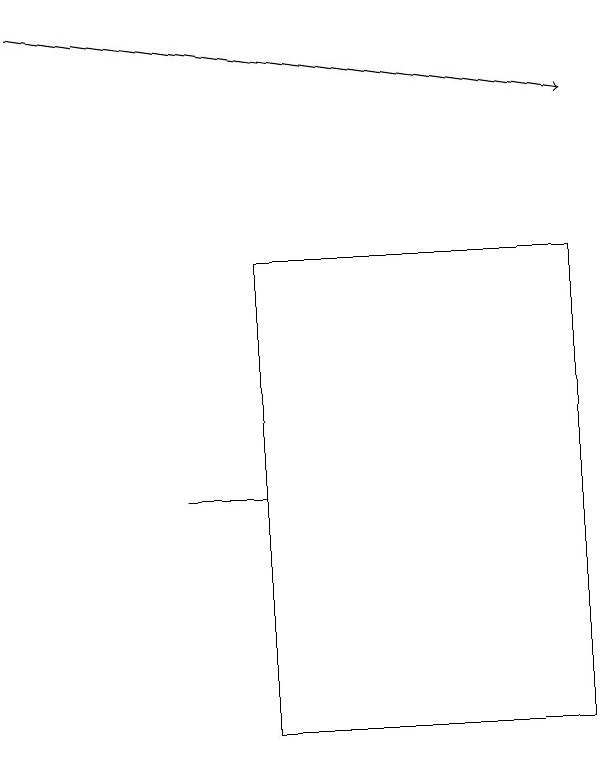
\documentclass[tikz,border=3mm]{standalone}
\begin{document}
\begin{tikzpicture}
\draw (5,13) rectangle (4,13);
\draw[->] (2,19) -- (9,18);
\draw (5,10) rectangle (9,16);
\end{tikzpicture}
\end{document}